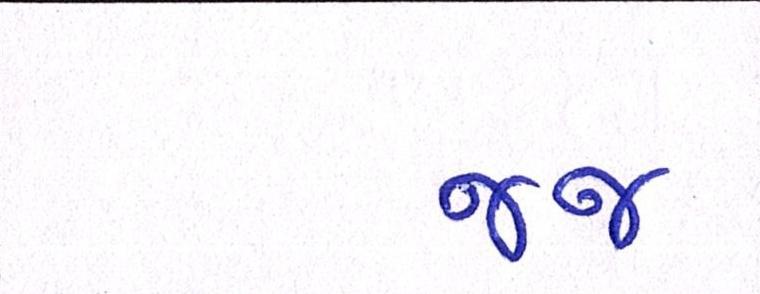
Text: જજ